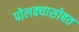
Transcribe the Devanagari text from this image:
पोलक्यासोबत